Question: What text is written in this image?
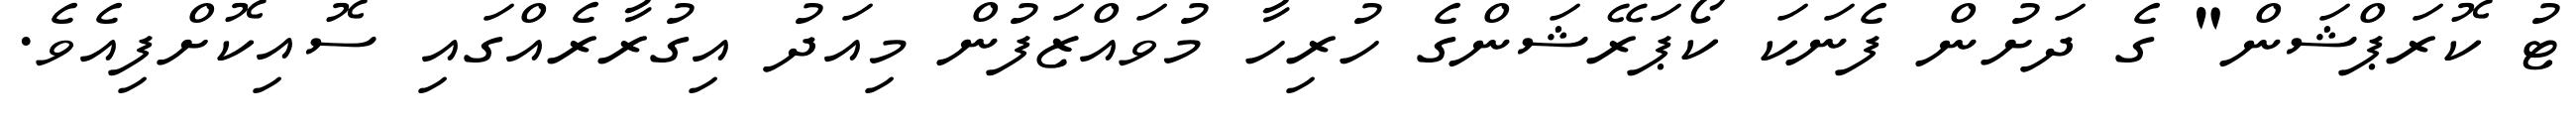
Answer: ޓު ކޮރަޕްޝަން" ގެ ދަށުން ފެނަކަ ކޯޕަރޭޝަންގެ ހުރިހާ މުވައްޒަފުން މިއަދު އިގުރާރެއްގައި ސޮއިކޮށްފިއެވެ.